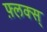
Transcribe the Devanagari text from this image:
फ़्लक्स्